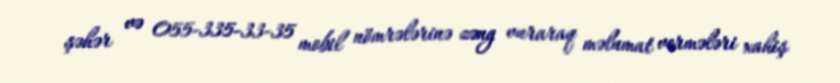
şəhər və 055-335-33-35 mobil nömrələrinə zəng vuraraq məlumat vermələri xahiş